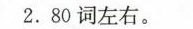
2.80词左右。